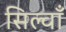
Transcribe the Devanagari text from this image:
सिल्वाँ